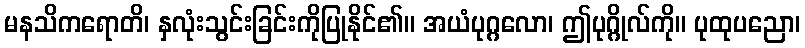
မနသိကရောတိ၊ နှလုံးသွင်းခြင်းကိုပြုနိုင်၏။ အယံပုဂ္ဂလော၊ ဤပုဂ္ဂိုလ်ကို။ ပုထုပညော၊